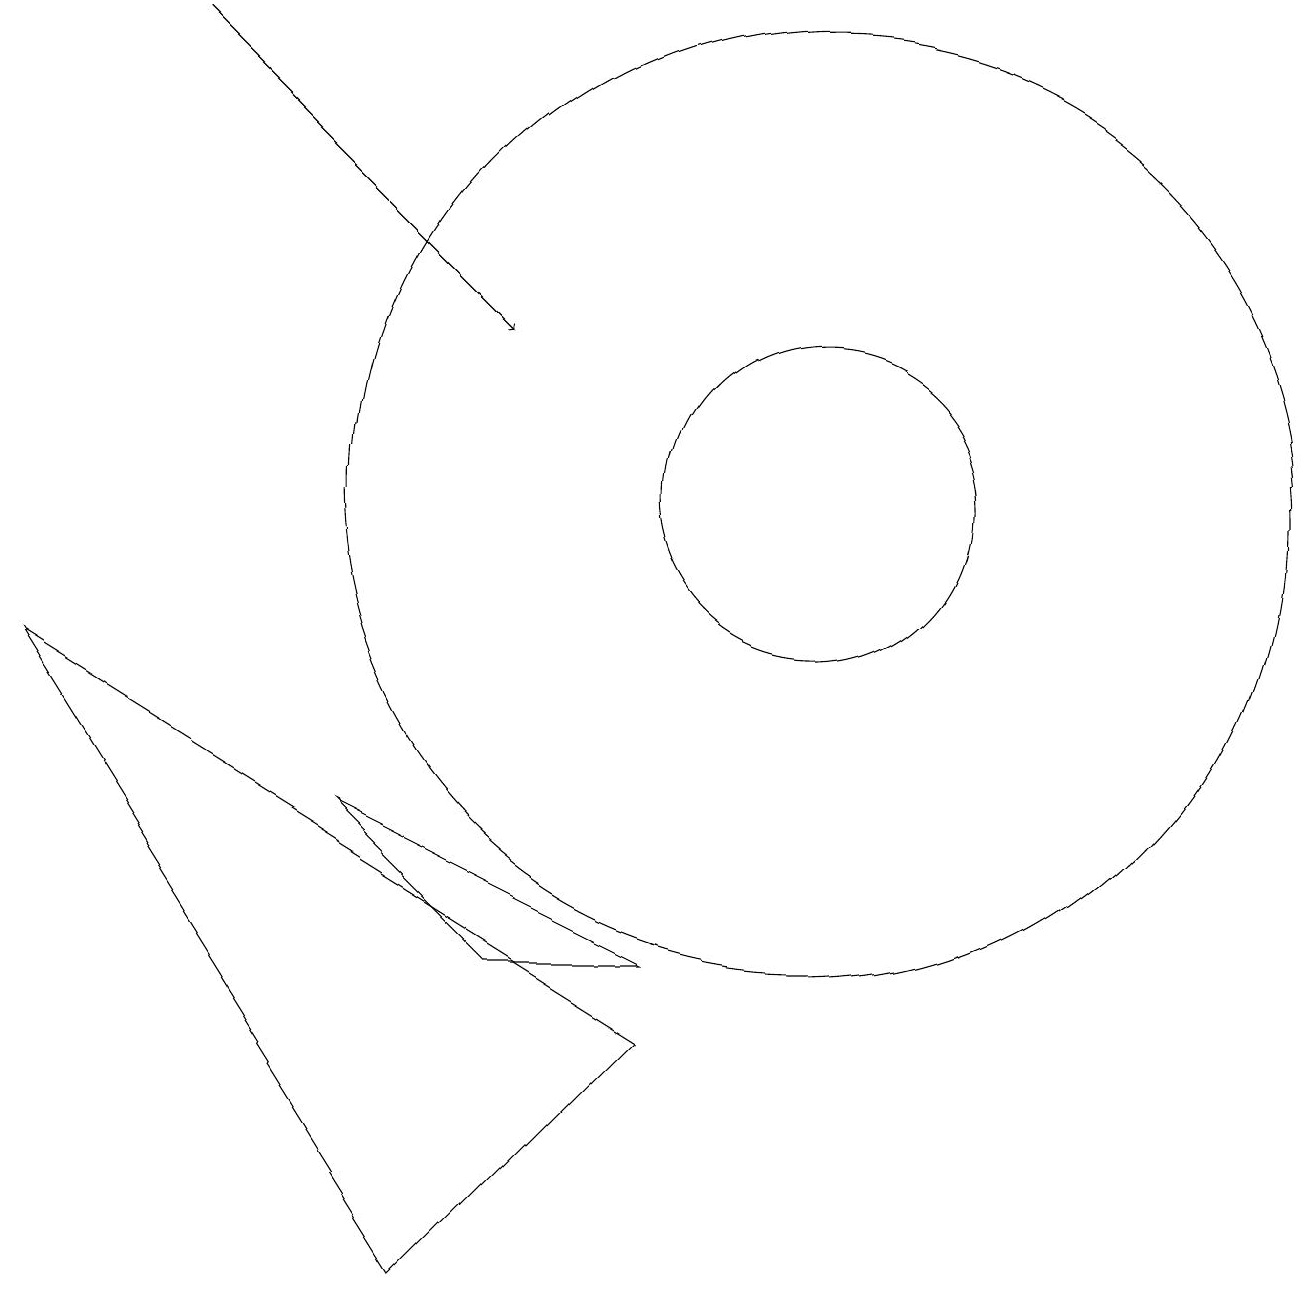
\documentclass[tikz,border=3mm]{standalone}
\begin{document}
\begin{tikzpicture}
\draw (4,6) -- (8,4) -- (6,4) -- cycle;
\draw (10,10) circle (2);
\draw (0,8) -- (5,0) -- (8,3) -- cycle;
\draw (10,10) circle (6);
\draw[->] (2,16) -- (6,12);
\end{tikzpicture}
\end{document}